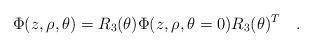
LaTeX: \begin{align*}\Phi(z,\rho,\theta)=R_3(\theta)\Phi(z,\rho,\theta=0)R_3(\theta)^T\quad.\end{align*}